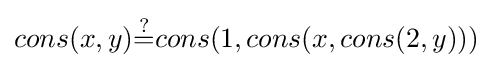
cons(x,y){\stackrel {?}{=}}cons(1,cons(x,cons(2,y)))